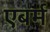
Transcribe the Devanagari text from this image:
एबर्म